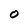
Character: 0